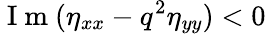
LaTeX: \mathrm{~I~m~}(\eta_{xx}-q^{2}\eta_{yy})<0